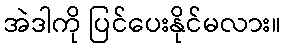
အဲဒါကို ပြင်ပေးနိုင်မလား။